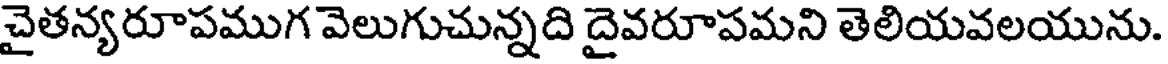
చైతన్యరూపముగ వెలుగుచున్నది దైవరూపమని తెలియవలయును.